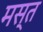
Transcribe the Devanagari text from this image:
मस्‍त